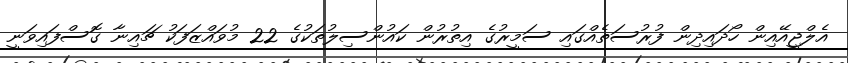
އެލްޖީއޭއިން ހޯދައިދިން ފުރުސަތެއްގައި ސަމީރުގެ އިތުރުން ކައުންސިލުތަކުގެ 22 މުވައްޒަފަކު ޗައިނާ ގޮސްފައިވަނީ